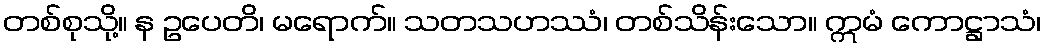
တစ်စုသို့။ န ဥပေတိ၊ မရောက်။ သတသဟဿံ၊ တစ်သိန်းသော။ ဣမံ ကောဋ္ဌာသံ၊